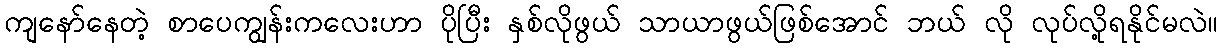
ကျနော်နေတဲ့ စာပေကျွန်းကလေးဟာ ပိုပြီး နှစ်လိုဖွယ် သာယာဖွယ်ဖြစ်အောင် ဘယ် လို လုပ်လို့ရနိုင်မလဲ။